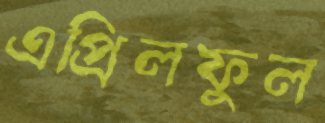
এপ্রিলফুল